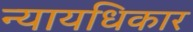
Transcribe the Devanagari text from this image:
न्यायधिकार